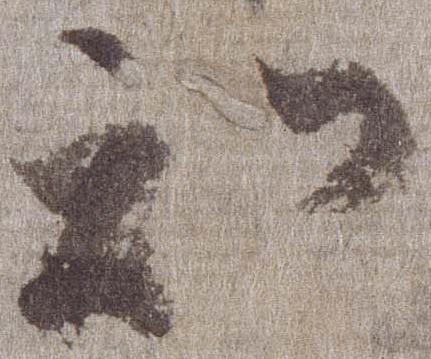
知